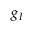
g _ { I }